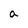
Character: a